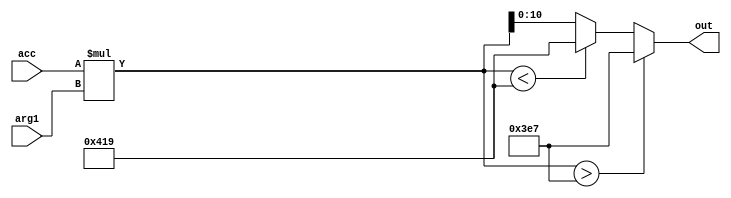
module mul(acc, arg1, out);
    input signed [10:0] acc;
    input signed [10:0] arg1;

    output reg signed [10:0] out;

    wire signed [21:0] tmp;
  
    assign tmp = acc * arg1;

    always @(*) begin
        if(tmp > 999) out = 999;
        else if(tmp < -999) out = -999;
        else  out = tmp[10:0];
    end

`ifdef FORMAL
    always @(*) begin
        assert(out <= 999);
        assert(out >= -999);

        if(acc * arg1 > 999)
            assert(out == 999);
        else if(acc * arg1 < -999)
            assert(out == -999);
        else
            assert(out == acc * arg1);
        end
`endif
endmodule